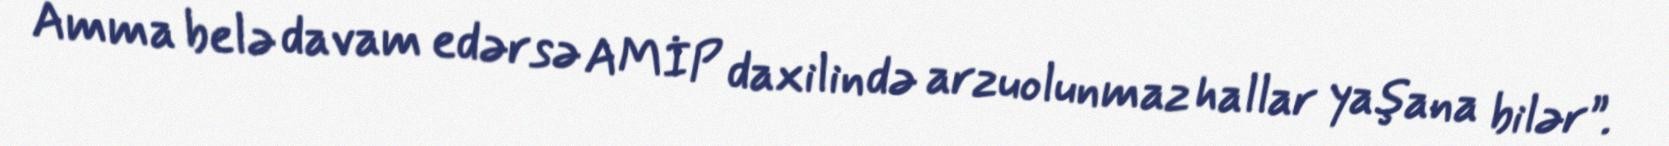
Amma belə davam edərsə AMİP daxilində arzuolunmaz hallar yaşana bilər”.